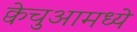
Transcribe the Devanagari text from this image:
क्वेचुआमध्ये